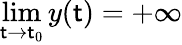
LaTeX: \lim\limits_{\mathsf{t}\rightarrow\mathsf{t}_{0}}y(\mathsf{t})=+\infty